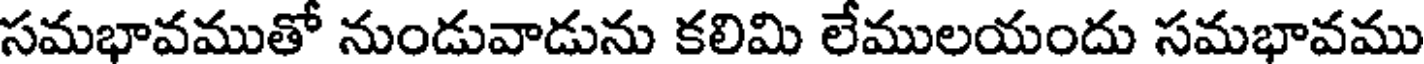
సమభావముతో నుండువాడును కలిమి లేములయందు సమభావము